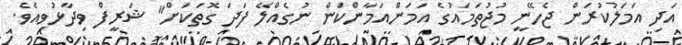
އަދި އަމަލުކުރަން ޖެހޭނީ މުޖުތަމައުގެ އަމަންއަމާންކަން ނުގެއްލޭ ފަދަ ގޮތަކަށް" ޝަރީފް ވިދާޅުވިއެވެ.